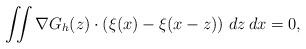
LaTeX: \begin{align*}\iint \nabla G_h (z) \cdot \left(\xi(x) - \xi(x-z)\right)\,dz\,dx = 0,\end{align*}